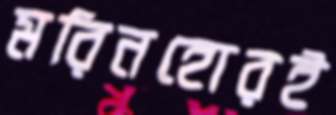
মরিনহোরই